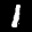
Label: 1